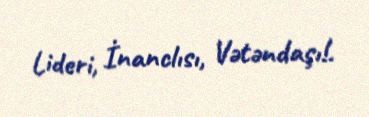
Lideri, İnanclısı, Vətəndaşı!.